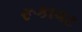
રૂકાવટ